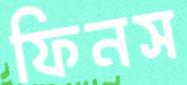
ফিনস